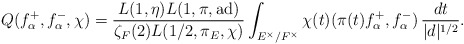
\begin{align*}Q(f_{\alpha}^{+}, f_{\alpha}^{-}, \chi) &= {L(1,\eta)L(1, \pi, {\rm ad})\over \zeta_{F}(2) L(1/2, \pi_{E}, \chi)} \int_{E^{\times}/F^{\times}} \chi(t) (\pi(t)f_{\alpha}^{+}, f_{\alpha}^{-})\,{dt\over |d|^{1/2}}.\end{align*}